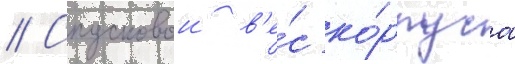
// Спусковои в'е́с ко́рпуса